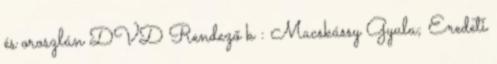
és oroszlán DVD Rendező k : Macskássy Gyula; Eredeti